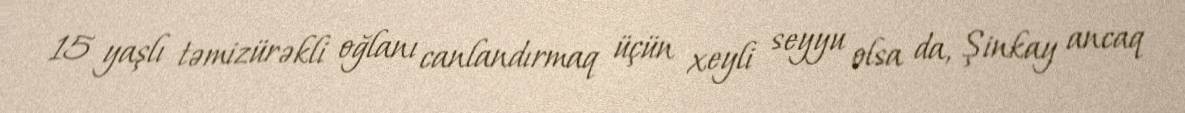
15 yaşlı təmizürəkli oğlanı canlandırmaq üçün xeyli seyyu olsa da, Şinkay ancaq